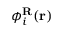
\phi _ { i } ^ { \mathbf { R } } ( \mathbf { r } )